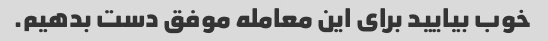
خوب بیایید برای این معامله موفق دست بدهیم.